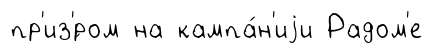
пр'из'́ром на кампа́н'иjи Радом'е